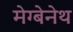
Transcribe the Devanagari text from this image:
मेग्बेनेथ